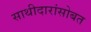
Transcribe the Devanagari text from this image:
साथीदारांसोबत